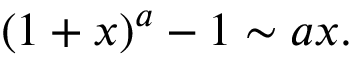
( 1 + x ) ^ { a } - 1 \sim a x .